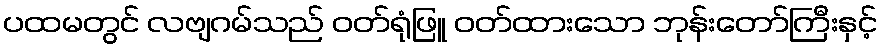
ပထမတွင် လဗျဂမ်သည် ဝတ်ရုံဖြူ ဝတ်ထားသော ဘုန်းတော်ကြီးနှင့်